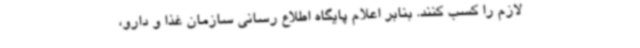
لازم را کسب کنند. بنابر اعلام پایگاه اطلاع رسانی سازمان غذا و دارو،